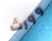
وورث